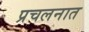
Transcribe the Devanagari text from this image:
प्रचलनात